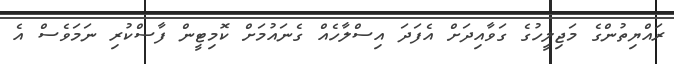
ރައްޔިތުންގެ މަޖިލީހުގެ ގަވާއިދަށް އެފަދަ އިސްލާހެއް ގެނައުމަށް ކޮމިޓީން ފާސްކުރި ނަމަވެސް އެ